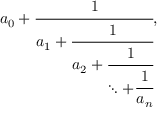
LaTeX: a _ { 0 } + { \cfrac { 1 } { a _ { 1 } + { \cfrac { 1 } { a _ { 2 } + { \cfrac { 1 } { \ddots + { \cfrac { 1 } { a _ { n } } } } } } } } } ,